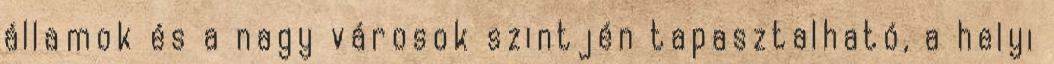
államok és a nagy városok szintjén tapasztalható, a helyi